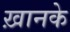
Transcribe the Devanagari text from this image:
ख़ानके